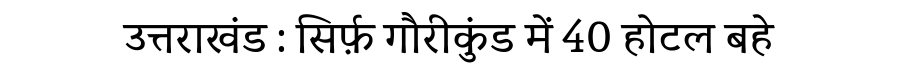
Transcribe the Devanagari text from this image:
उत्तराखंड : सिर्फ़ गौरीकुंड में 40 होटल बहे